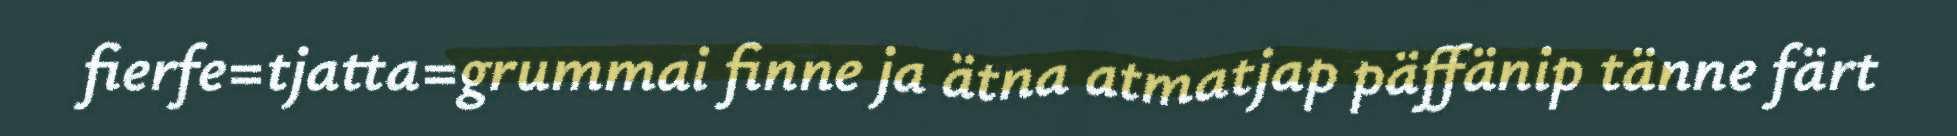
fierfe=tjatta=grummai finne ja ätna atmatjap päffänip tänne färt